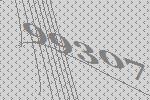
99307